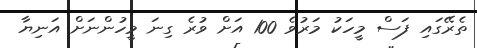
ތެރޭގައި ފަސް މީހަކު މަރުވެ 100 އަށް ވުރެ ގިނަ މީހުންނަށް އަނިޔާ